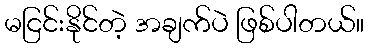
မငြင်းနိုင်တဲ့ အချက်ပဲ ဖြစ်ပါတယ်။